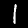
Label: 1